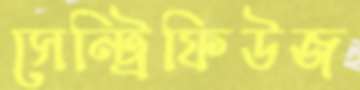
সেন্ট্রিফিউজ